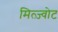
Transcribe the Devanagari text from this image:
मित्ज़्वोट